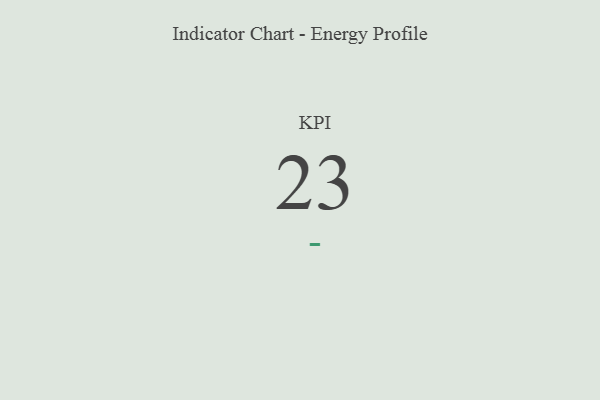
{"axis": {"x": "KPI", "y": "Value"}, "legend": [""], "data": [{"x": "KPI", "y": 23, "type": ""}]}